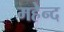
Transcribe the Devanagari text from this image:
महेन्द